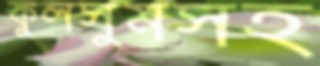
কুলসুমসহ